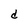
Character: d